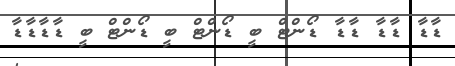
ޑާޑާ ޑާޑާ ޑާޑާ ޑޯންޓް ބީ ޑޯންޓް ބީ ޑޯންޓް ބީ ޑާޑާޑާޑާ